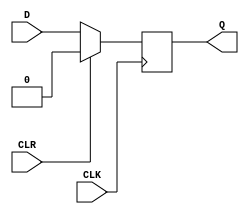
// parametrized n-bit register with synchronous clear signal
module n_bit_register(CLK, CLR, D, Q);
  parameter N = 1; // default: 1 bit

  input      CLK, CLR;
  input      [N-1:0] D;
  output reg [N-1:0] Q;

  always @(posedge CLK) begin
    if (CLR)
      Q <= 0;
    else
      Q <= D;
  end
endmodule


module main;
  reg         CLK, CLR;
  reg  [7:0]  D8;
  wire [7:0]  Q8;

  reg  [15:0] D16;
  wire [15:0] Q16;

  n_bit_register #(.N(8))  register_8bit  (.CLK(CLK), .CLR(CLR), .D(D8),  .Q(Q8));
  n_bit_register #(.N(16)) register_16bit (.CLK(CLK), .CLR(CLR), .D(D16), .Q(Q16));

endmodule